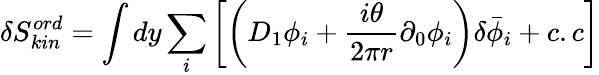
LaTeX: \delta S_{kin}^{ord}=\int dy\sum_{i}\left[\left(D_{1}\phi_{i}+\frac{i\theta}{2\pi r}\partial_{0}\phi_{i}\right)\delta{\bar{\phi}_{i}}+c.c\right]